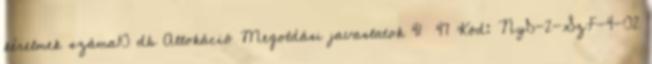
kérelmek száma10 db Allokáció Megoldási javaslatok 41 47 Kód: NyD-2-SzF-4-02